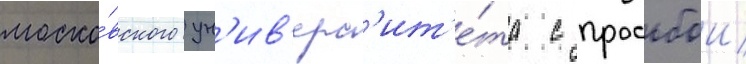
моско́вского ун'ив'ерс'ит'е́та с просьбои